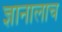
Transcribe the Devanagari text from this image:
ज्ञानालाच